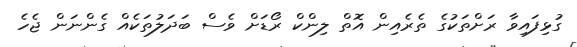
ގުޅިފައިވާ ރަށްތަކުގެ ތެރެއިން އޮތް ލިންކް ރޯޑަށް ވެސް ބަދަލުތަކެއް ގެންނަން ޖެހެ